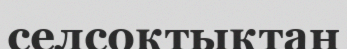
селсоқтықтан